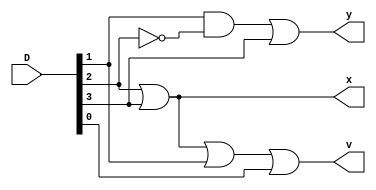
`timescale 1ns / 1ps
//////////////////////////////////////////////////////////////////////////////////
// Company: 
// Engineer: 
// 
// Design Name: 
// Module Name: priority_encoder_4to2
// Project Name: 
// Target Devices: 
// Tool Versions: 
// Description: 
// 
// Dependencies: 
// 
// Revision:
// Revision 0.01 - File Created
// Additional Comments:
// 
//////////////////////////////////////////////////////////////////////////////////


module priority_encoder_4to2(D, x, y, v);

input [3:0] D;

output x, y, v;

wire x, y, v;

assign x = D[2]|D[3];
assign y = D[1]&(~D[2])|D[3];
assign v = D[3]|D[2]|D[1]|D[0];

endmodule